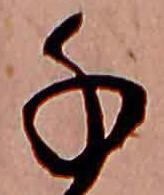
千